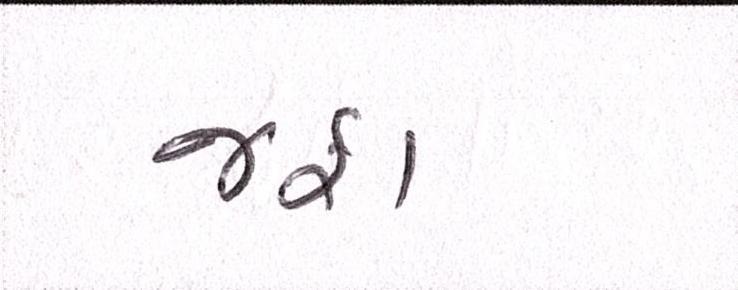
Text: જફા